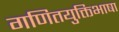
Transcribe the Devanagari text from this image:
गणितयुक्तिभाषा